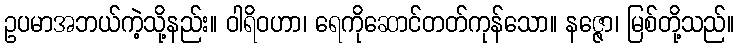
ဥပမာအဘယ်ကဲ့သို့နည်း။ ဝါရိဝဟာ၊ ရေကိုဆောင်တတ်ကုန်သော။ နဇ္ဇော၊ မြစ်တို့သည်။